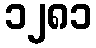
၁၂၈၁